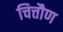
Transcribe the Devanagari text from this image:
चित्तौण